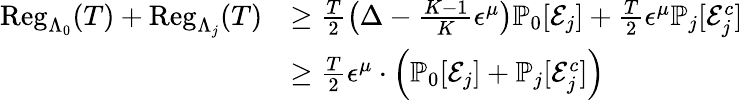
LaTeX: \begin{array}{rl}{\mathrm{Reg}_{\Lambda_{0}}(T)+\mathrm{Reg}_{\Lambda_{j}}(T)}&{\geq\frac{T}{2}\left(\Delta-\frac{K-1}{K}\epsilon^{\mu}\right)\mathbb{P}_{0}[\mathcal{E}_{j}]+\frac{T}{2}\epsilon^{\mu}\mathbb{P}_{j}[\mathcal{E}_{j}^{c}]}\\ &{\geq\frac{T}{2}\epsilon^{\mu}\cdot\left(\mathbb{P}_{0}[\mathcal{E}_{j}]+\mathbb{P}_{j}[\mathcal{E}_{j}^{c}]\right)}\end{array}